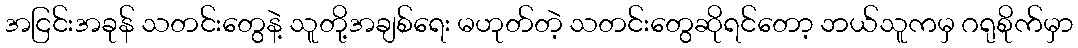
အငြင်းအခုန် သတင်းတွေနဲ့ သူတို့အချစ်ရေး မဟုတ်တဲ့ သတင်းတွေဆိုရင်တော့ ဘယ်သူကမှ ဂရုစိုက်မှာ